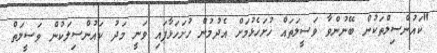
"ކައުންސިލްތަކުން ބޭނުންވާ ވަސީލަތައް ހުށަހެޅުމަށް އެދުމުން ހުށަހަޅާފައި ވަނީ މަދު ކައުންސިލަކުން ވަސީލަތް